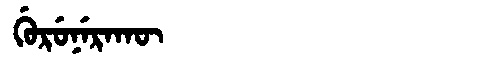
Manchu: ᡤᡠᡵᡠᠨᡝᡵᠠᡴᡡ
Romanization: GURUNERAKŪ